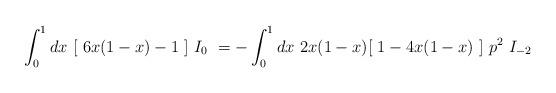
LaTeX: \begin{align*}\int_{0}^{1} dx\ [\ 6x(1-x) - 1\ ]\ I_{0}\ = - \int_{0}^{1} dx\ 2x(1-x)[\ 1-4x(1-x)\ ]\ p^2\ I_{-2}\end{align*}